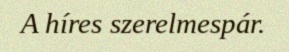
A híres szerelmespár.